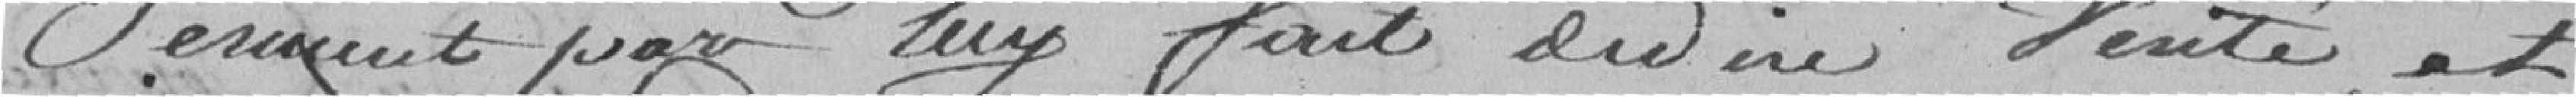
serment par luy fait de dire vérité, et